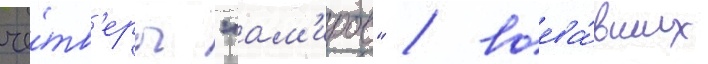
че́тв'еро "ам'иров" / воева́вших